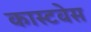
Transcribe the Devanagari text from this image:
कास्टवेस